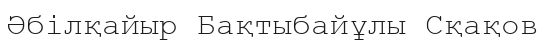
Әбілқайыр Бақтыбайұлы Сқақов